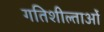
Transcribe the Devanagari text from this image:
गतिशील्ताओं